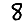
Digit: 8